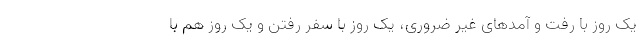
یک روز با رفت و آمدهای غیر ضروری، یک روز با سفر رفتن و یک روز هم با